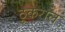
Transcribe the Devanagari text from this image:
ठुकराल